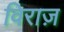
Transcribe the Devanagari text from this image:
विराज़